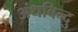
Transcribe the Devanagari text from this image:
अंधबिन्दु